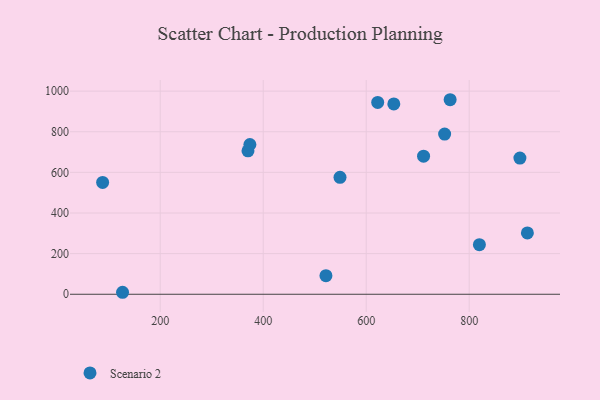
{"axis": {"x": "Distance", "y": "Sales"}, "legend": ["Scenario 2"], "data": [{"x": "819.8", "y": 244.2, "type": "Scenario 2"}, {"x": "370.4", "y": 705.8, "type": "Scenario 2"}, {"x": "549.1", "y": 575.5, "type": "Scenario 2"}, {"x": "126.8", "y": 9.7, "type": "Scenario 2"}, {"x": "752.3", "y": 788.7, "type": "Scenario 2"}, {"x": "763.0", "y": 957.6, "type": "Scenario 2"}, {"x": "374.1", "y": 737.3, "type": "Scenario 2"}, {"x": "913.0", "y": 301.9, "type": "Scenario 2"}, {"x": "898.5", "y": 670.4, "type": "Scenario 2"}, {"x": "622.3", "y": 944.5, "type": "Scenario 2"}, {"x": "711.4", "y": 679.5, "type": "Scenario 2"}, {"x": "88.1", "y": 550.4, "type": "Scenario 2"}, {"x": "653.6", "y": 936.9, "type": "Scenario 2"}, {"x": "521.8", "y": 91.6, "type": "Scenario 2"}]}